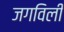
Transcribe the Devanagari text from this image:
जगविली